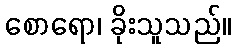
စောရော၊ ခိုးသူသည်။